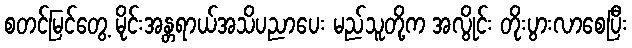
စတင်မြင်တွေ့ မိုင်းအန္တရာယ်အသိပညာပေး မည်သူတို့က အလွိုင်း တိုးပွားလာစေပြီး